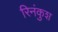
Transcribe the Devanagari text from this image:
रिनंकुश